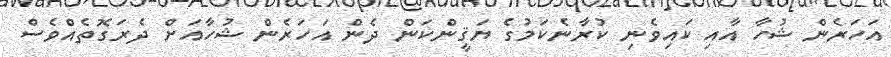
އަހަރެން ޝުހާ އާއި ކައިވެނި ކުރާނެކަމުގެ ޔަޤީންކަން ދެން އަހަރެން ޝުހާއަށް ދެރަގޮތެއްވެސް